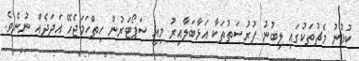
ކުޅުނު މެޗުތަކުގައި ލިބުނު ފުރުސަތުތަކާ އަޅާބަލާއިރު މިއީ ސަޕޯޓަރުން ހިތްހަމަޖެހޭ އަދަދެއް ނުނެވެ.